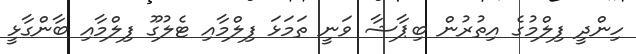
ހިންދީ ފިލްމުގެ އިތުރުން ބިޕާޝާ ވަނީ ތަމަޅަ ފިލްމާއި ޓެލުގޫ ފިލްމާއި ބާންގާޅީ